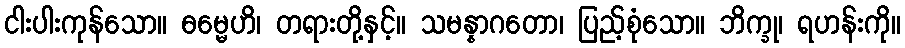
ငါးပါးကုန်သော။ ဓမ္မေဟိ၊ တရားတို့နှင့်။ သမန္နာဂတော၊ ပြည့်စုံသော။ ဘိက္ခု၊ ရဟန်းကို။